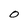
Character: 0